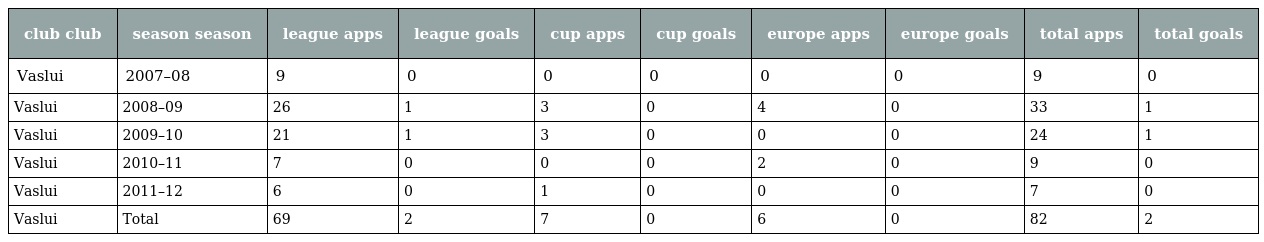
| club club | season season | league apps | league goals | cup apps | cup goals | europe apps | europe goals | total apps | total goals |
 | --- | --- | --- | --- | --- | --- | --- | --- | --- | --- |
 | Vaslui | 2007–08 | 9 | 0 | 0 | 0 | 0 | 0 | 9 | 0 |
 | Vaslui | 2008–09 | 26 | 1 | 3 | 0 | 4 | 0 | 33 | 1 |
 | Vaslui | 2009–10 | 21 | 1 | 3 | 0 | 0 | 0 | 24 | 1 |
 | Vaslui | 2010–11 | 7 | 0 | 0 | 0 | 2 | 0 | 9 | 0 |
 | Vaslui | 2011–12 | 6 | 0 | 1 | 0 | 0 | 0 | 7 | 0 |
 | Vaslui | Total | 69 | 2 | 7 | 0 | 6 | 0 | 82 | 2 |